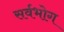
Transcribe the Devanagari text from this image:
सर्वभोग